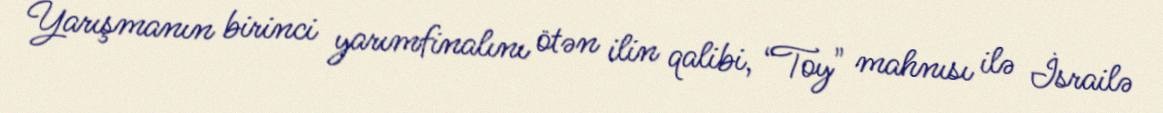
Yarışmanın birinci yarımfinalını ötən ilin qalibi, “Toy" mahnısı ilə İsrailə